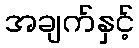
အချက်နှင့်